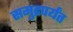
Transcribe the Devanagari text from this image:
समुद्रपर्यंत